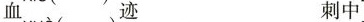
血迹 刺中